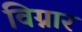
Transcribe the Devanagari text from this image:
विग्नार